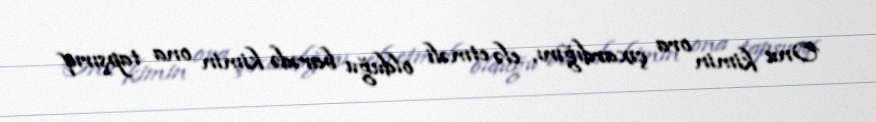
Onu kimin ora çıxardığını, elə etməli olduğu barədə kimin ona tapşırıq